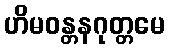
ဟိမဝန္တနဂုတ္တမေ